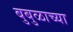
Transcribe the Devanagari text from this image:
बुबुळाच्या